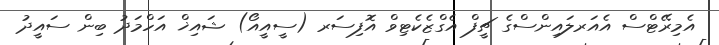
އެމިރޭޓްސް އެއަރލައިންސްގެ ޗީފް އެގްޒެކެޓިވް އޮފިސަރ (ސީއީއޯ) ޝައިޚް އަހްމަދު ބިން ސައީދު